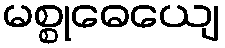
မစ္စုဓေယျေ